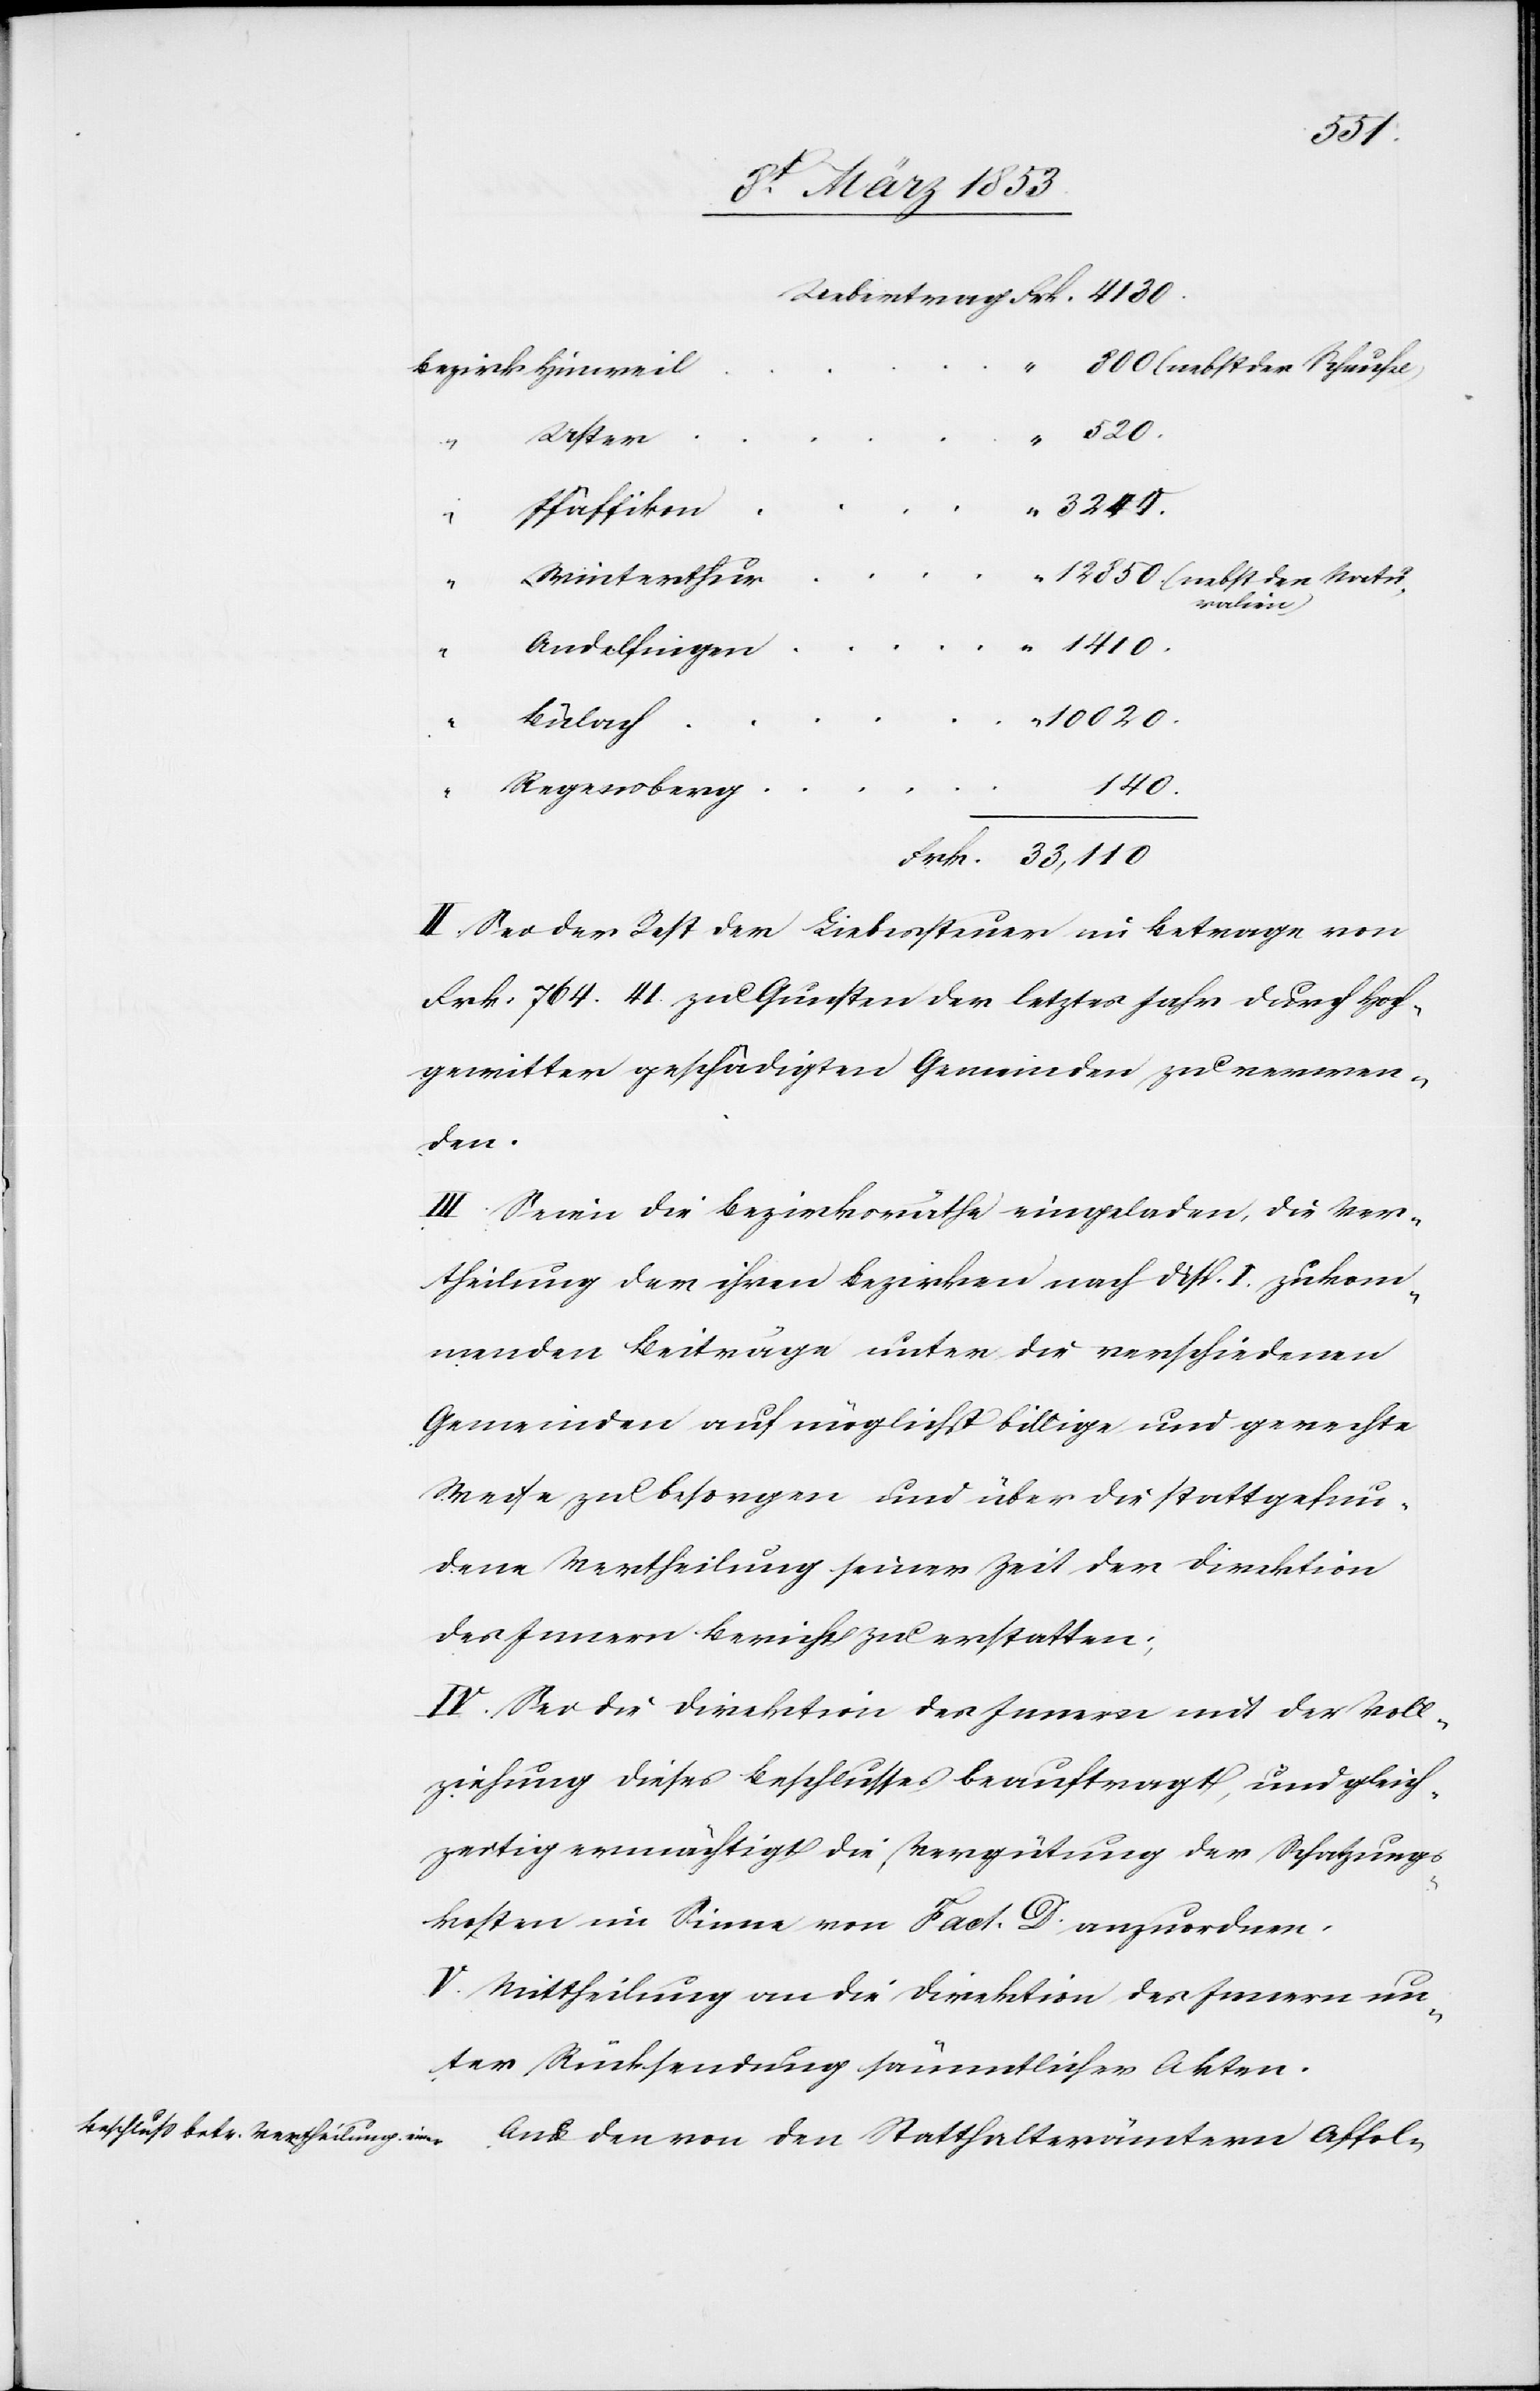
“	800. (nebst der Schaufel)
Bezirk	Hinweil
“	12850 (nebst der Natu¬
ralien)
Frk. 33, 110.
II. Sei der Rest der Liebessteuer im Betrage von
Frk. 764. 41 zu Gunsten der letztes Jahr durch Hoch¬
gewitter geschädigten Gemeinden zu verwen¬
den.
III. Seien die Bezirksräthe eingeladen, die Ver¬
theilung der ihren Bezirke nach Disp. I. zukom¬
menden Beiträge unter die verschiedenen
Gemeinden auf möglichst billige und gerechte
Weise zu besorgen und über die stattgefun¬
dene Vertheilung seiner Zeit der Direktion
des Innern Bericht zu erstatten.
IV. Sei die Direktion des Innern mit der Voll¬
ziehung dieses Beschlusses beauftragt, und gleich¬
zeitig ermächtigt die Vergütung der Schatzungs¬
kosten im Sinne von Fact. D. anzuordnen.
V. Mittheilung an die Direktion des Innern un¬
ter Rücksendung sämmtlicher Akten.
Auf den von den Statthalterämtern Affol-